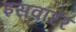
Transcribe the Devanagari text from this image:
इसवारर